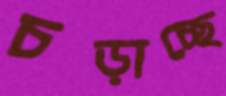
চড়াচ্ছে